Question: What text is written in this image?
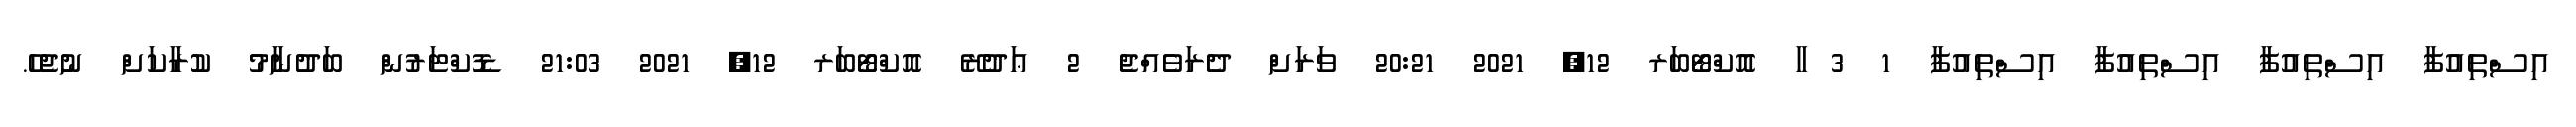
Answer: އިސްތިއުފާ އިސްތިއުފާ އިސްތިއުފާ އިސްތިއުފާ 1 3 ާ އޮކްޓޯބަރ 12, 2021 20:21 ވަރަށް ދެރަވެއްޖެ 2 ޢަދުރޭ އޮކްޓޯބަރ 12, 2021 21:03 ޑޮކްޓަރުން ބަދުނާމު ކުރާކަށް ނުޖެހެ.